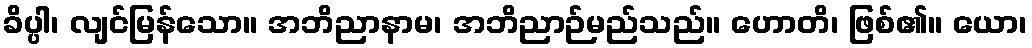
ခိပ္ပါ၊ လျင်မြန်သော။ အဘိညာနာမ၊ အဘိညာဉ်မည်သည်။ ဟောတိ၊ ဖြစ်၏။ ယော၊